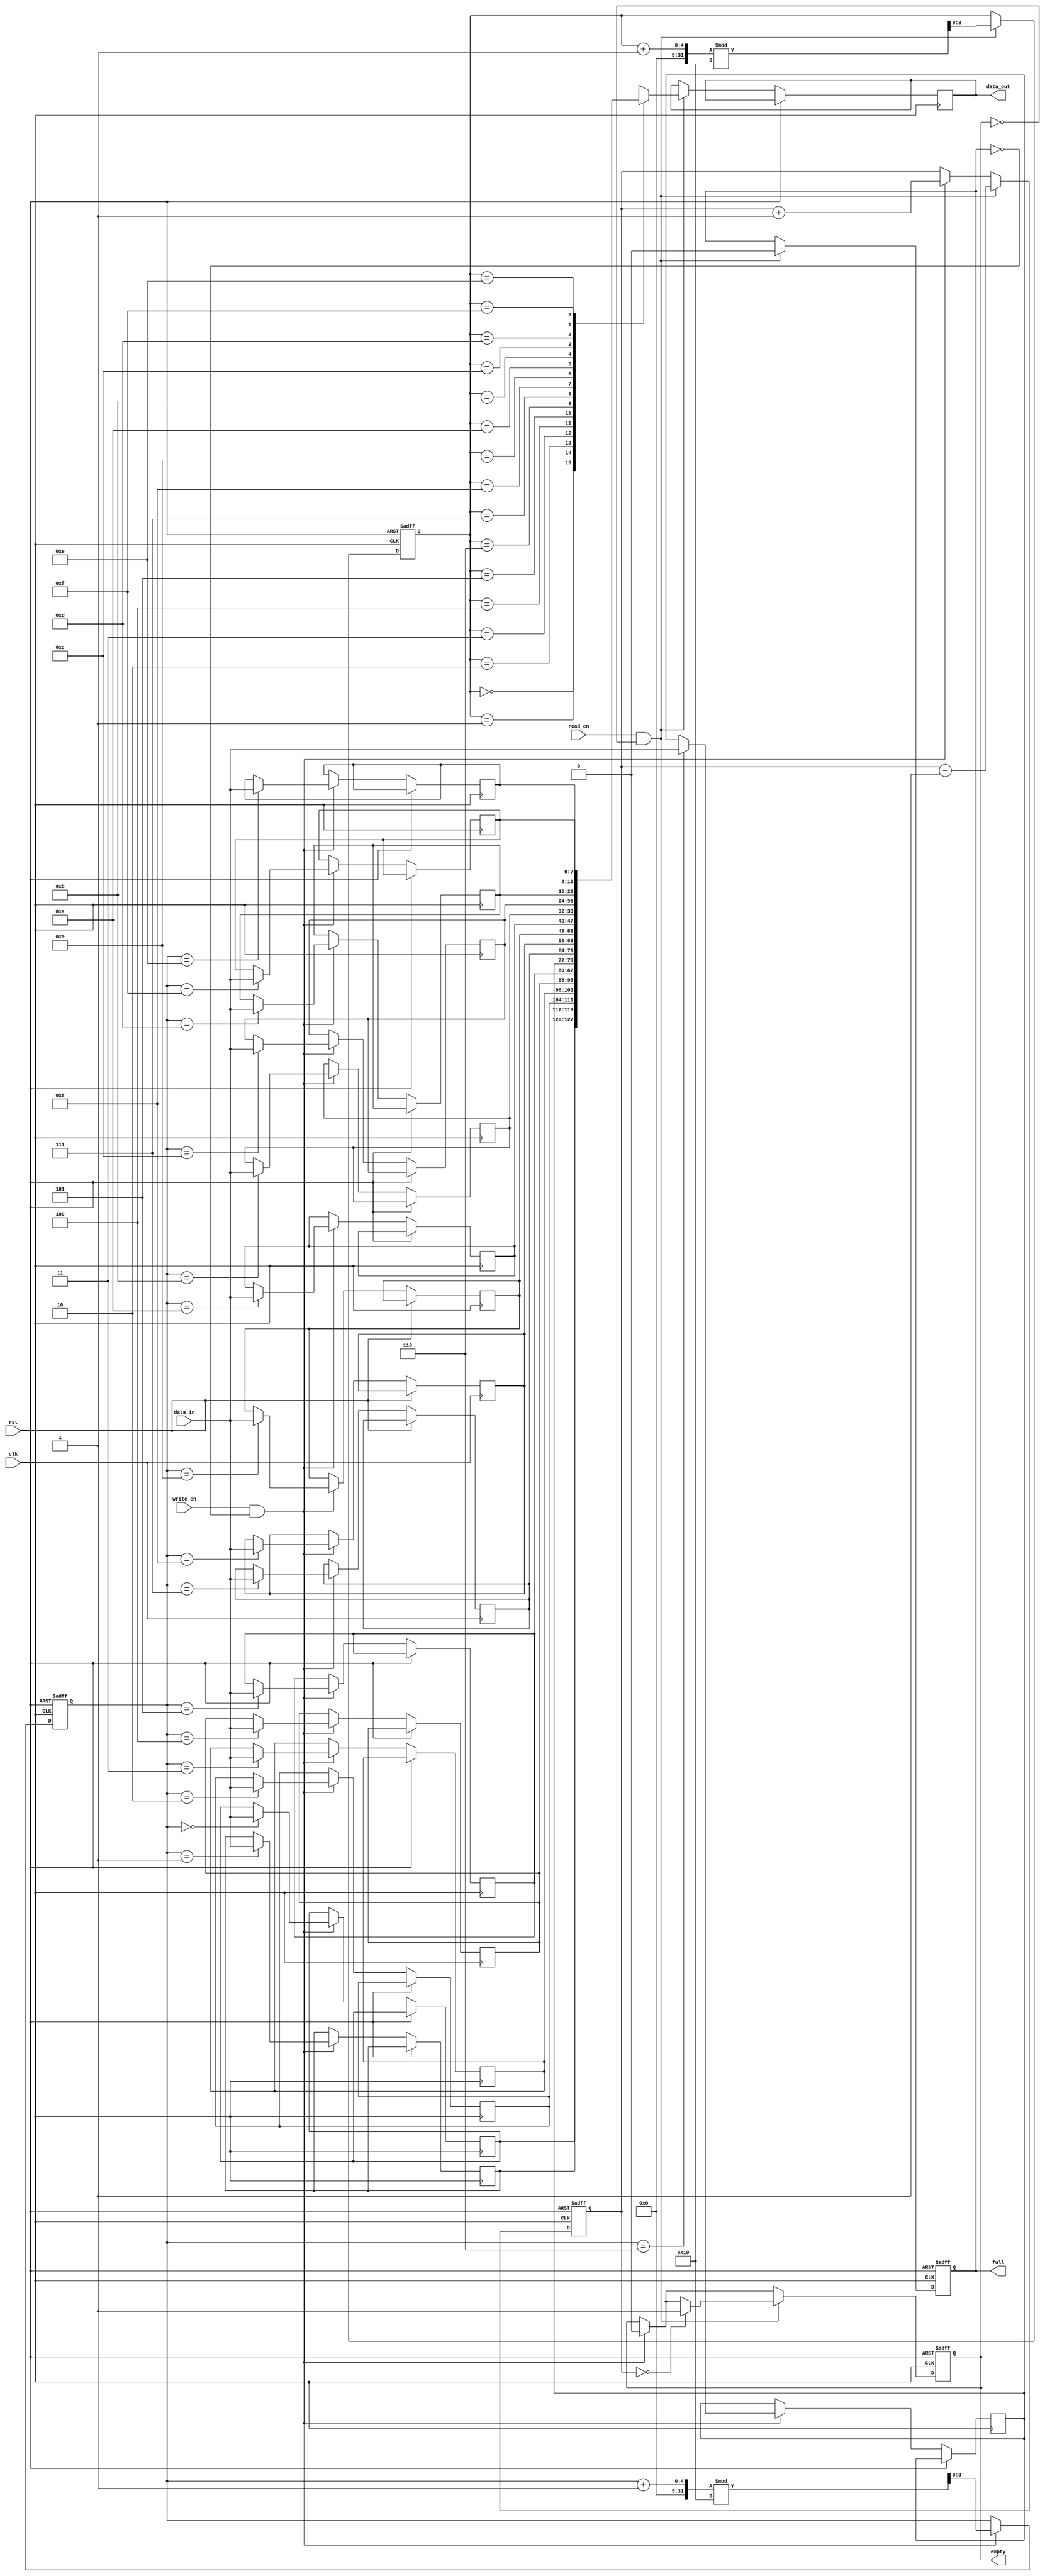
module gray_fifo(
    input wire clk,
    input wire rst,
    input wire write_en,
    input wire read_en,
    input wire [DATA_WIDTH-1:0] data_in,
    output reg [DATA_WIDTH-1:0] data_out,
    output reg full,
    output reg empty
);

parameter DATA_WIDTH = 8;
parameter FIFO_DEPTH = 16;
parameter ADDR_WIDTH = $clog2(FIFO_DEPTH);

reg [DATA_WIDTH-1:0] fifo [0:FIFO_DEPTH-1];
reg [$clog2(FIFO_DEPTH)-1:0] read_ptr;
reg [$clog2(FIFO_DEPTH)-1:0] write_ptr;
reg [$clog2(FIFO_DEPTH)-1:0] num_elements;

always @ (posedge clk or posedge rst) begin
    if (rst) begin
        read_ptr <= 0;
        write_ptr <= 0;
        num_elements <= 0;
        full <= 0;
        empty <= 1;
    end else begin
        if (write_en && !full) begin
            fifo[write_ptr] <= data_in;
            write_ptr <= (write_ptr + 1) % FIFO_DEPTH;
            num_elements <= num_elements + 1;
            if (num_elements == FIFO_DEPTH)
                full <= 1;
            empty <= 0;
        end
        if (read_en && !empty) begin
            data_out <= fifo[read_ptr];
            read_ptr <= (read_ptr + 1) % FIFO_DEPTH;
            num_elements <= num_elements - 1;
            if (num_elements == 0)
                empty <= 1;
            full <= 0;
        end
    end
end

endmodule